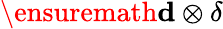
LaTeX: \ensuremath{\mathbf{d}}\otimes\delta